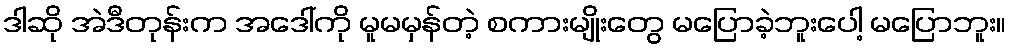
ဒါဆို အဲဒီတုန်းက အဒေါ်ကို မူမမှန်တဲ့ စကားမျိုးတွေ မပြောခဲ့ဘူးပေါ့ မပြောဘူး။